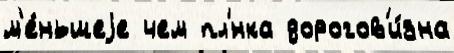
м'е́ньшеjе чем пл'́нка дорогов'и́зна